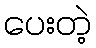
ပေးတဲ့